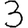
Digit: 3